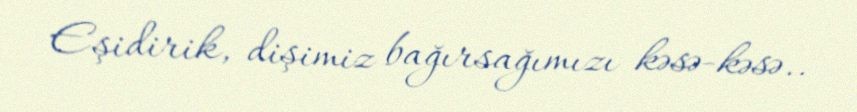
Eşidirik, dişimiz bağırsağımızı kəsə-kəsə..